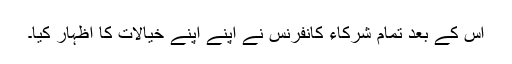
اس کے بعد تمام شرکاء کانفرنس نے اپنے اپنے خیالات کا اظہار کیا۔